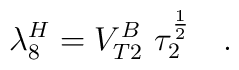
\lambda^H_8 = V^B_{T2}\ \tau_2^{1\over2}\quad.